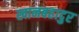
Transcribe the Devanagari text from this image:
खानबहादुर